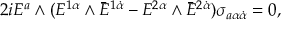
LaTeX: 2 i E ^ { a } \wedge ( E ^ { 1 \alpha } \wedge \bar { E } ^ { 1 \dot { \alpha } } - E ^ { 2 \alpha } \wedge \bar { E } ^ { 2 \dot { \alpha } } ) \sigma _ { a \alpha \dot { \alpha } } = 0 , \qquad